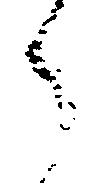
了